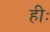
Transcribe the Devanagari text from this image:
हीः